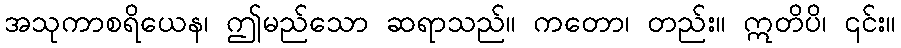
အသုကာစရိယေန၊ ဤမည်သော ဆရာသည်။ ကတော၊ တည်း။ ဣတိပိ၊ ၎င်း။